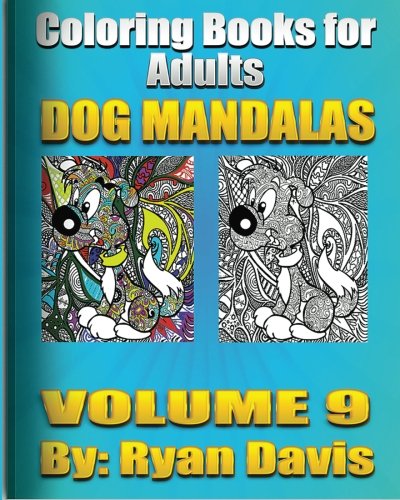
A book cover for Adult Coloring Book Dog Mandalas (Animals & Mandalas ); Ryan Davis; Comics & Graphic Novels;